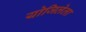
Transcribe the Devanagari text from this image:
योजिलेला